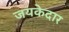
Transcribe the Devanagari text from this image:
जयकेदार